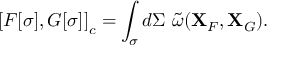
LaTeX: \left[ { F [ \sigma ] , G [ \sigma ] } \right] _ { c } = \int _ { \sigma } { d \Sigma \ \tilde { \omega } ( { \bf X } _ { F } , { \bf X } _ { G } ) } .